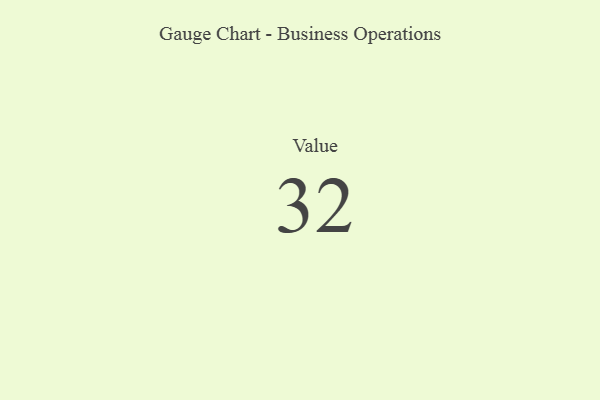
{"axis": {"x": "Metric", "y": "Value"}, "legend": [""], "data": [{"x": "Value", "y": 32, "type": ""}]}